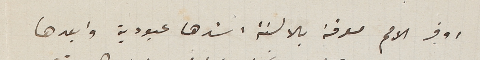
اوفر الامم معرفة بالالسنة اشدها عبودية وابعدها